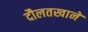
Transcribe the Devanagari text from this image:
दौलतखाने